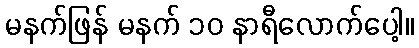
မနက်ဖြန် မနက် ၁၀ နာရီလောက်ပေါ့။